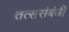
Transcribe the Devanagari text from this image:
तत्ससंबंधी